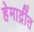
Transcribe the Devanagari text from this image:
हेमाद्रींत